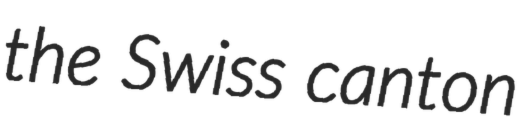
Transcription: the Swiss canton